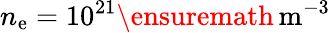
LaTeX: n_{\mathrm{e}}=10^{21}\ensuremath{{\, \mathrm{{m^{-3}}}}}